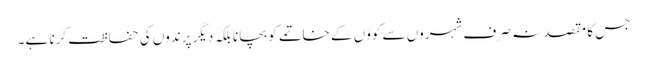
جس کا مقصد نہ صرف شہروں سے کووّں کے خاتمے کو بچانا بلکہ دیگر پرندوں کی حفاظت کرنا ہے۔